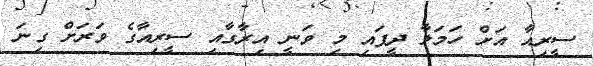
ސީރިއާ އަށް ހަމަލާ ދީފައި މި ވަނީ އިރާގާއި ސީރިއާގެ ވަރަށް ގިނަ